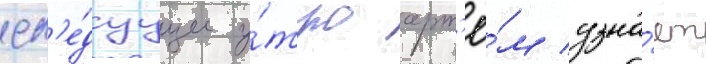
сл'е́дуущее у́тро арт'ё́м узна́ет